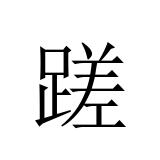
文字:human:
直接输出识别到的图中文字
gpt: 蹉